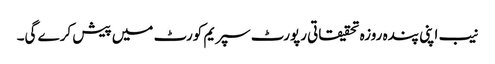
نیب اپنی پندہ روزہ تحقیقاتی رپورٹ سپریم کورٹ میں پیش کرے گی۔